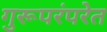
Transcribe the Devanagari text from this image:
गुरूपरंपरेत